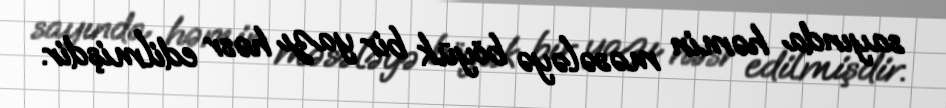
sayında həmin məsələyə böyük bir yazı həsr edilmişdir.